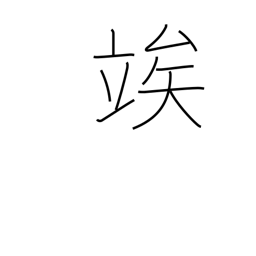
Meaning: wait until